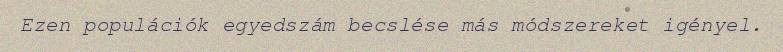
Ezen populációk egyedszám becslése más módszereket igényel.